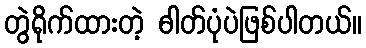
တွဲရိုက်ထားတဲ့ ဓါတ်ပုံပဲဖြစ်ပါတယ်။